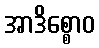
အာဒိစ္စောဝ